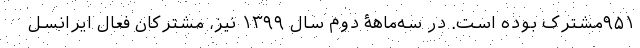
۹۵۱مشترک بوده است. در سه‌ماهۀ دوم سال ۱۳۹۹ نیز، مشترکان فعال ایرانسل